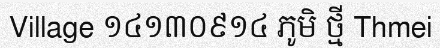
Village ១៤១៣០៩១៤ ភូមិ ថ្មី Thmei